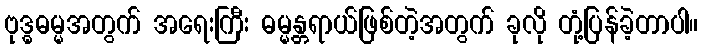
ဗုဒ္ဓဓမ္မအတွက် အရေးကြီး ဓမ္မန္တရာယ်ဖြစ်တဲ့အတွက် ခုလို တုံ့ပြန်ခဲ့တာပါ။